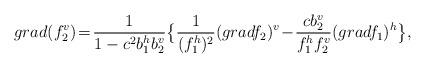
LaTeX: \begin{align*} grad(f_2^v)\!=\!\frac{1}{1-c^2b_1^hb_2^v}\big\{\frac{1}{(f_{1}^h)^2}(gradf_2)^v\!-\!\frac{cb_2^v}{f_1^hf_2^v}(gradf_{1})^h\big\},\end{align*}